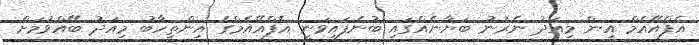
އެފްއޭއެމް އިން މިއަދު ނެރުނު ބަޔާނެއްގައި ބުނެފައިވަނީ އެފްއޭއެމްގެ އިންތިހާބު މިއަދު ބޭއްވުމަށް